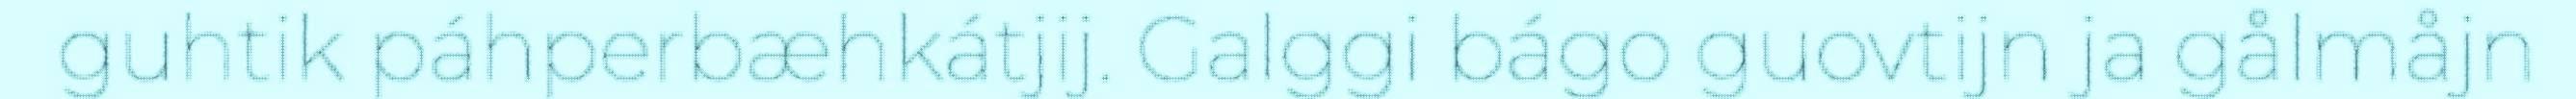
guhtik páhperbæhkátjij. Galggi bágo guovtijn ja gålmåjn